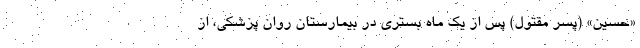
«حسین» (پسر مقتول) پس از یک ماه بستری در بیمارستان روان پزشکی، از